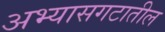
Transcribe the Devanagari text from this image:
अभ्यासगटातील